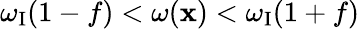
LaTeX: \omega_{\mathrm{{I}}}(1-f)<\omega({\mathbf{x}})<\omega_{\mathrm{{I}}}(1+f)